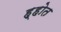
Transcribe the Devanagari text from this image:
ह्होत